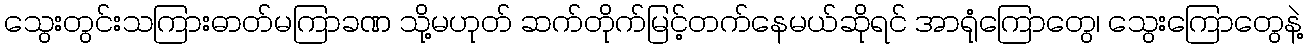
သွေးတွင်းသကြားဓာတ်မကြာခဏ သို့မဟုတ် ဆက်တိုက်မြင့်တက်နေမယ်ဆိုရင် အာရုံကြောတွေ၊ သွေးကြောတွေနဲ့